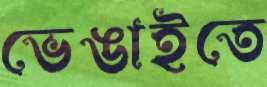
ভেঙাইতে